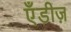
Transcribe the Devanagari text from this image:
एँडीज़